Report of the Indian Hemp Drugs Commission, 1894-1895 - Volume V
Year: 1894
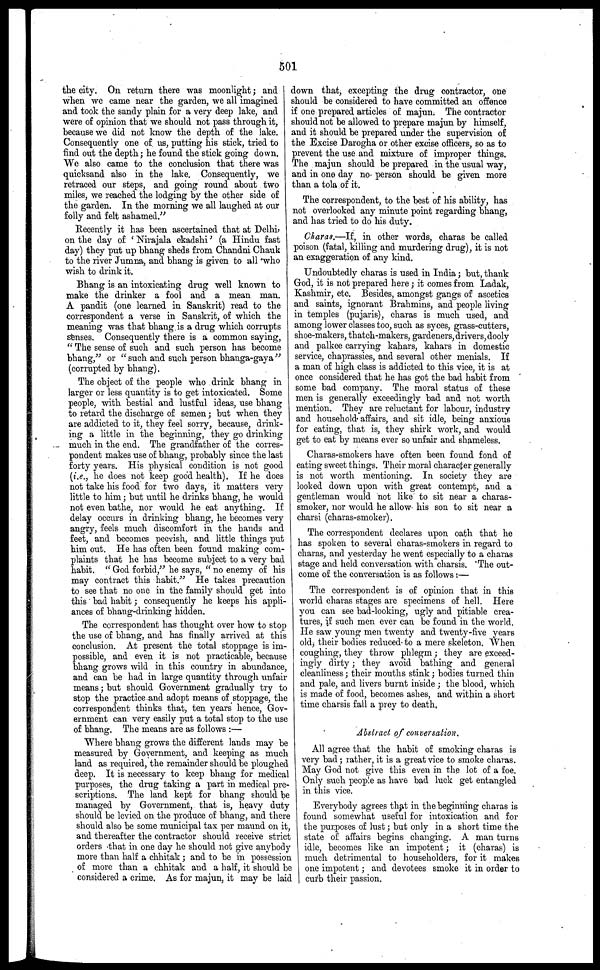
501
the city. On return there was moonlight; and
when we came near the garden, we all imagined
and took the sandy plain for a very deep lake, and
were of opinion that we should not pass through it,
because we did not know the depth of the lake.
Consequently one of us, putting his stick, tried to
find out the depth; he found the stick going down.
We also came to the conclusion that there was
quicksand also in the lake. Consequently, we
retraced our steps, and going round about two
miles, we reached the lodging by the other side of
the garden. In the morning we all laughed at our
folly and felt ashamed."
Recently it has been ascertained that at Delhi
on the day of ' Nirajala ekadshi' (a Hindu fast
day) they put up bhang sheds from Chandni Chauk
to the river Jumna, and bhang is given to all who
wish to drink it.
Bhang is an intoxicating drug well known to
make the drinker a fool and a mean man.
A pandit (one learned in Sanskrit) read to the
correspondent a verse in Sanskrit, of which the
meaning was that bhang is a drug which corrupts
senses. Consequently there is a common saying,
" The sense of such and such person has become
bhang," or " such and such person bhanga-gaya "
(corrupted by bhang).
The object of the people who drink bhang in
larger or less quantity is to get intoxicated. Some
people, with bestial and lustful ideas, use bhang
to retard the discharge of semen; but when they
are addicted to it, they feel sorry, because, drink-
ing a little in the beginning, they go drinking
much in the end. The grandfather of the corres-
pondent makes use of bhang, probably since the last
forty years. His physical condition is not good
(i.e., he does not keep good health). If he does
not take his food for two days, it matters very
little to him; but until he drinks bhang, he would
not even bathe, nor would he eat anything. If
delay occurs in drinking bhang, he becomes very
angry, feels much discomfort in the hands and
feet, and becomes peevish, and little things put
him out. He has often been found making com-
plaints that he has become subject to a very bad
habit. " God forbid," he says, " no enemy of his
may contract this habit." He takes precaution
to see that no one in the family should get into
this bad habit; consequently he keeps his appli-
ances of bhang-drinking hidden.
The correspondent has thought over how to stop
the use of bhang, and has finally arrived at this
conclusion. At present the total stoppage is im-
possible, and even it is not practicable, because
bhang grows wild in this country in abundance,
and can be had in large quantity through unfair
means; but should Government gradually try to
stop the practice and adopt means of stoppage, the
correspondent thinks that, ten years hence, Gov-
ernment can very easily put a total stop to the use
of bhang. The means are as follows :—
Where bhang grows the different lands may be
measured by Government, and keeping as much
land as required, the remainder should be ploughed
deep. It is necessary to keep bhang for medical
purposes, the drug taking a part in medical pre-
scriptions. The land kept for bhang should be
managed by Government, that is, heavy duty
should be levied on the produce of bhang, and there
should also be some municipal tax per maund on it,
and thereafter the contractor should receive strict
orders that in one day he should not give anybody
more than half a chhitak ; and to be in possession
of more than a chhitak and a half, it should be
considered a crime. As for majun, it may be laid
down that, excepting the drug contractor, one
should be considered to have committed an offence
if one prepared articles of majun. The contractor
should not be allowed to prepare majun by himself,
and it should be prepared under the supervision of
the Excise Darogha or other excise officers, so as to
prevent the use and mixture of improper things.
The majun should be prepared in the usual way,
and in one day no person should be given more
than a tola of it.
The correspondent, to the best of his ability, has
not overlooked any minute point regarding bhang,
and has tried to do his duty.
Charas.—If, in other words, charas be called
poison (fatal, killing and murdering drug), it is not
an exaggeration of any kind.
Undoubtedly charas is used in India; but, thank
God, it is not prepared here ; it comes from Ladak,
Kashmir, etc. Besides, amongst gangs of ascetics
and saints, ignorant Brahmins, and people living
in temples (pujaris), charas is much used, and
among lower classes too, such as syces, grass-cutters,
shoe-makers, thatch-makers, gardeners, drivers, dooly
and palkee carrying kahars, kahars in domestic
service, chaprassies, and several other menials. If
a man of high class is addicted to this vice, it is at
once considered that he has got the bad habit from
some bad company. The moral status of these
men is generally exceedingly bad and not worth
mention. They are reluctant for labour, industry
and household affairs, and sit idle, being anxious
for eating, that is, they shirk work, and would
get to eat by means ever so unfair and shameless.
Charas-smokers have often been found fond of
eating sweet things. Their moral character generally
is not worth mentioning. In society they are
looked down upon with great contempt, and a
gentleman would not like to sit near a charas-
smoker, nor would he allow his son to sit near a
charsi (charas-smoker).
The correspondent declares upon oath that he
has spoken to several charas-smokers in regard to
charas, and yesterday he went especially to a charas
stage and held conversation with charsis. The out-
come of the conversation is as follows :—
The correspondent is of opinion that in this
world charas stages are specimens of hell. Here
you can see bad-looking, ugly and pitiable crea-
tures, if such men ever can be found in the world.
He saw young men twenty and twenty-five years
old, their bodies reduced to a mere skeleton. When
coughing, they throw phlegm; they are exceed-
ingly dirty; they avoid bathing and general
cleanliness; their mouths stink ; bodies turned thin
and pale, and livers burnt inside ; the blood, which
is made of food, becomes ashes, and within a short
time charsis fall a prey to death,
Abstract, of conversation.
All agree that the habit of smoking charas is
very bad ; rather, it is a great vice to smoke charas.
May God not give this even in the lot of a foe.
Only such people as have bad luck get entangled
in this vice.
Everybody agrees that in the beginning charas is
found somewhat useful for intoxication and for
the purposes of lust; but only in a short time the
state of affairs begins changing. A man turns
idle, becomes like an impotent; it (charas) is
much detrimental to householders, for it makes
one impotent; and devotees smoke it in order to
curb their passion.